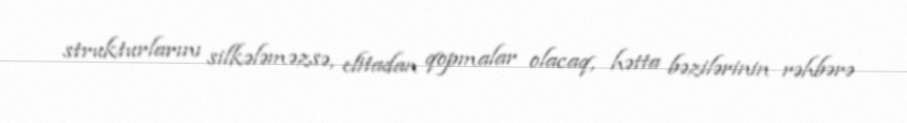
strukturlarını silkələməzsə, elitadan qopmalar olacaq, hətta bəzilərinin rəhbərə